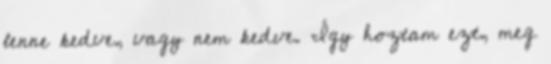
lenne kedve, vagy nem kedve. Így hoztam ezt, meg